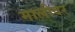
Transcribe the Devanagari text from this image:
मालीवर